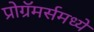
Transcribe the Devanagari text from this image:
प्रोग्रॅमर्समध्ये